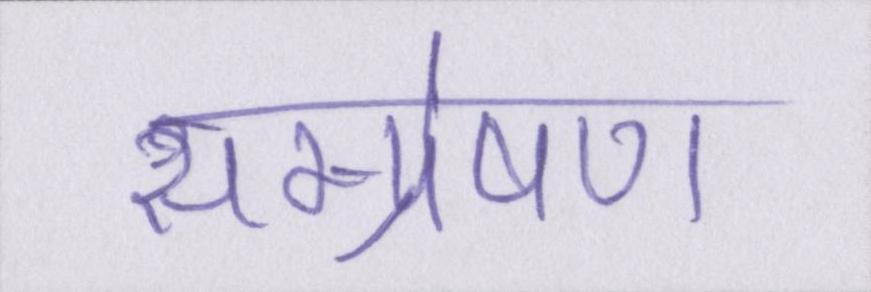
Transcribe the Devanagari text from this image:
सम्प्रेषण